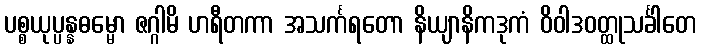
ပစ္စယုပ္ပန္နဓမ္မော ဇဂ္ဂါမိ ဟရီတကာ အသင်္ကရတော နိယျာနိကဒုကံ ဝိဝါဒဝတ္ထုသင်္ခါတေ